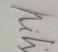
Signature authenticity: genuine